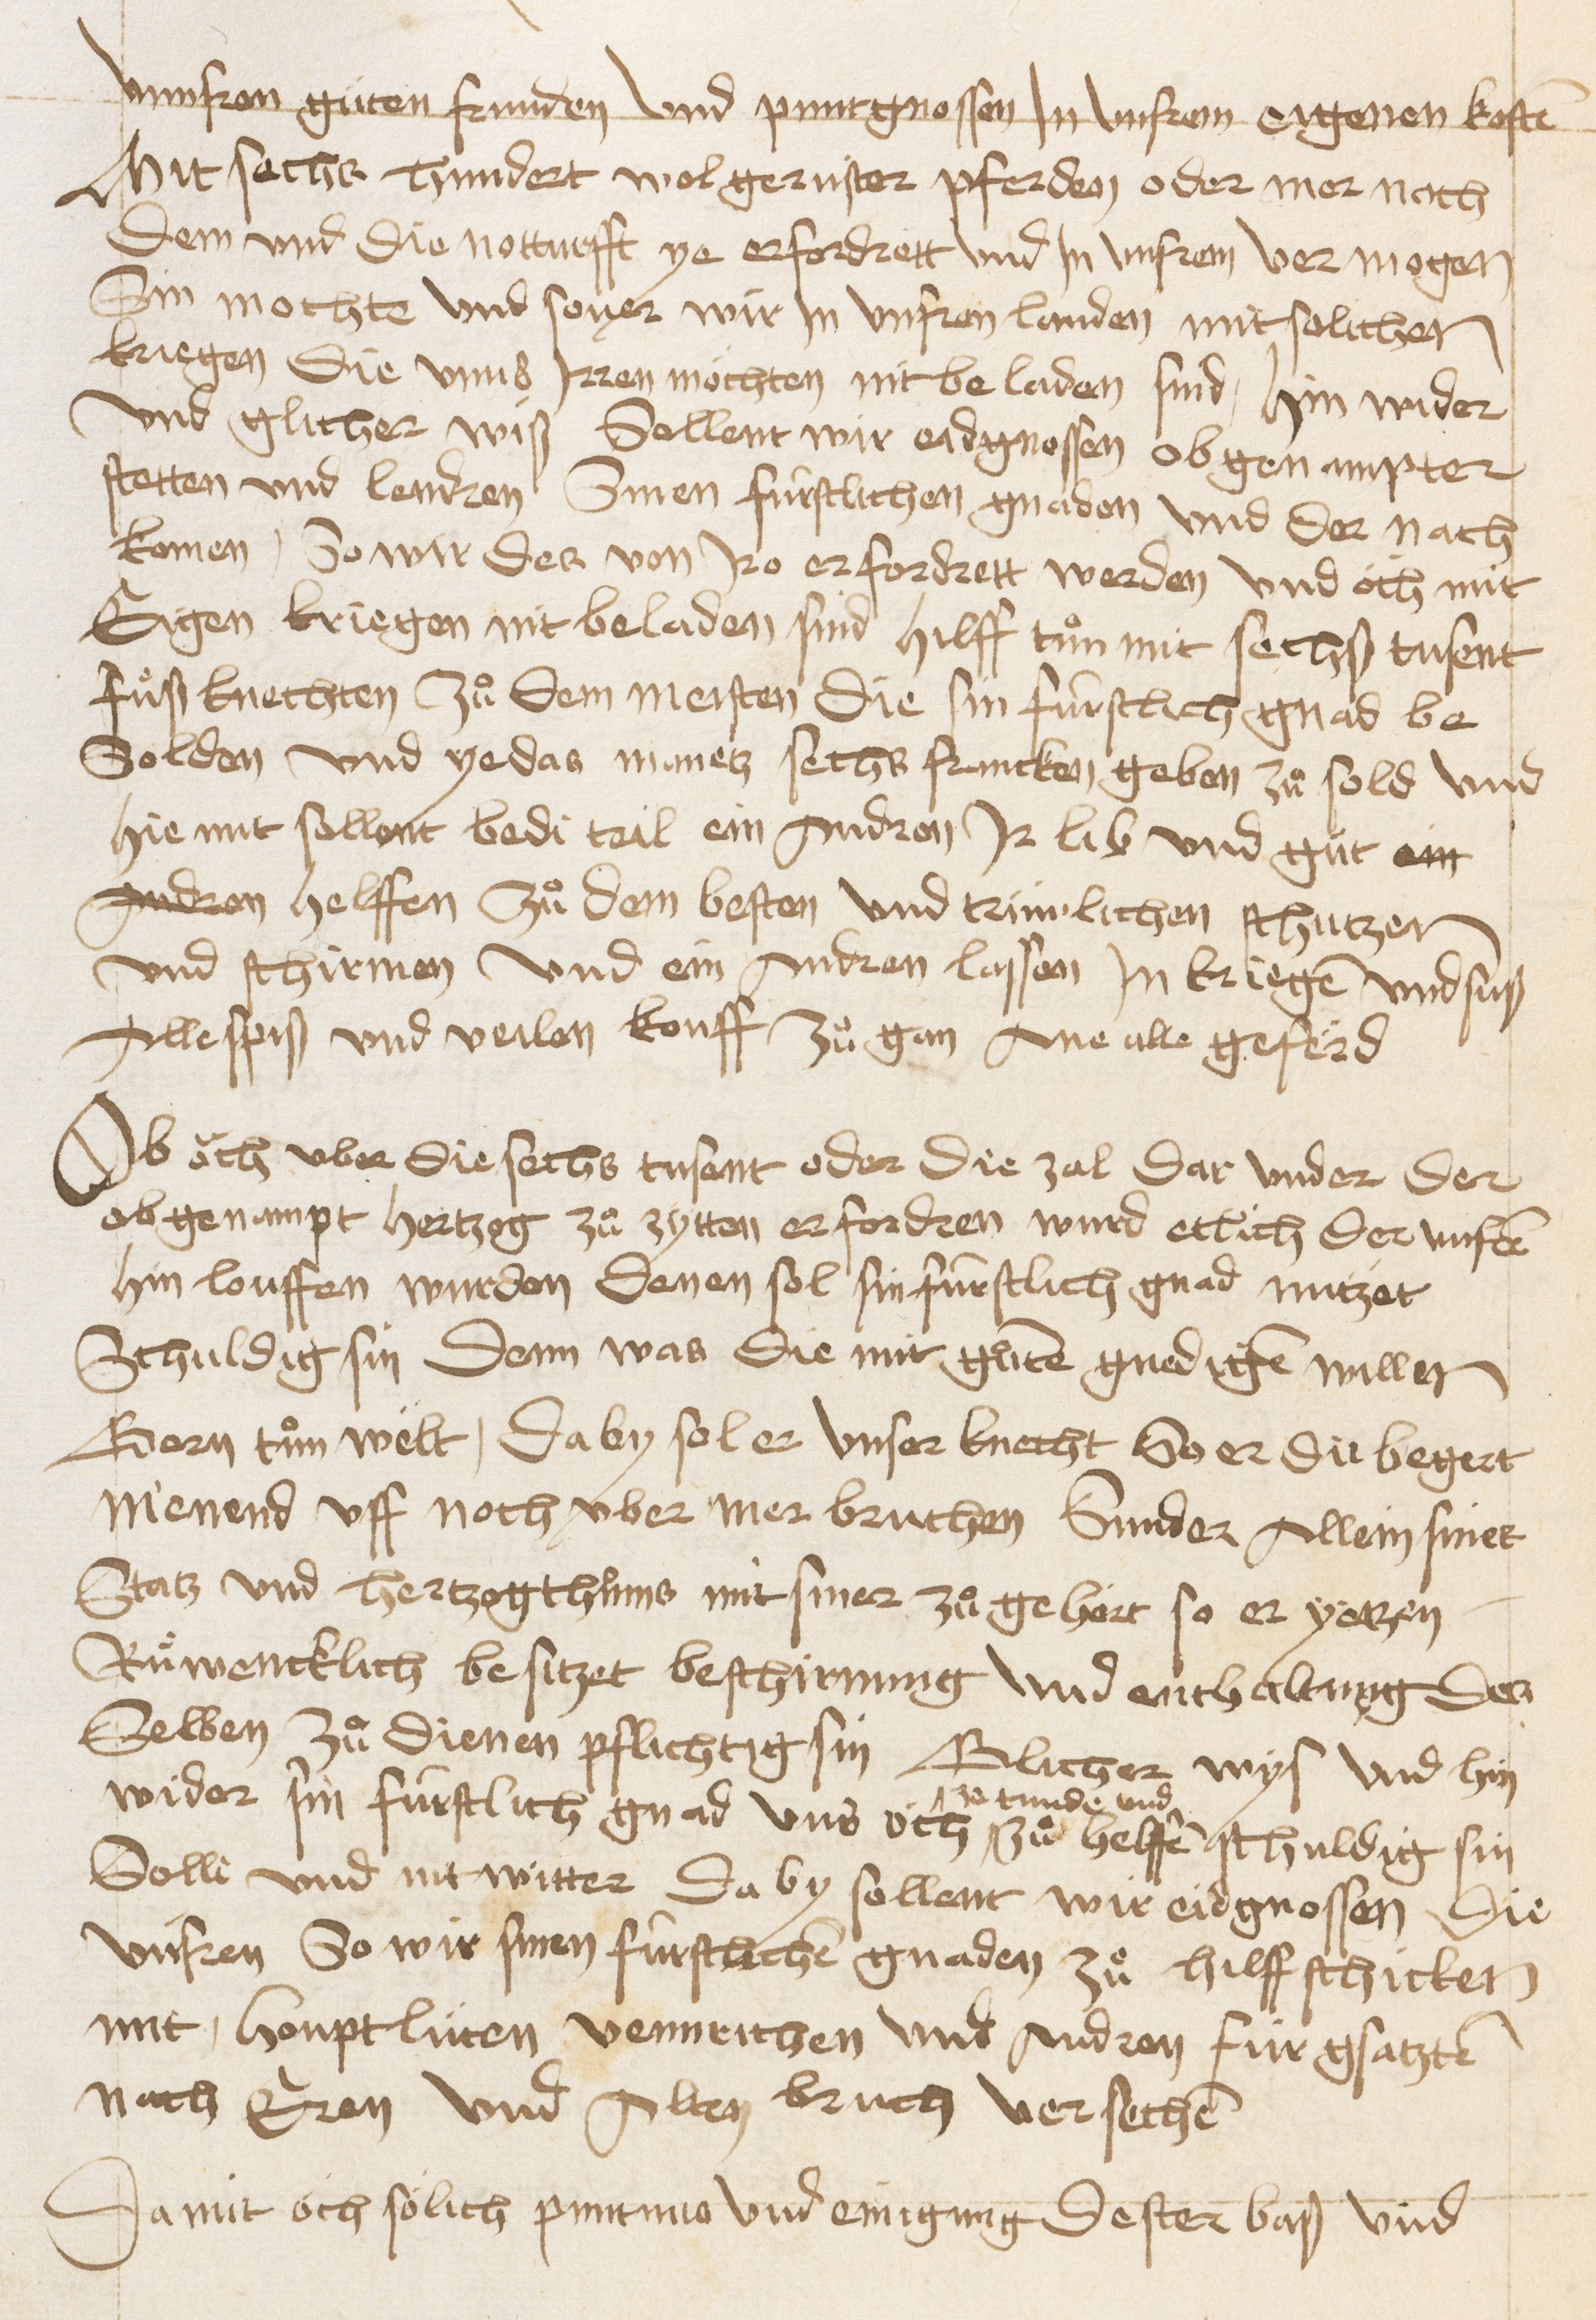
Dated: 1470–1607